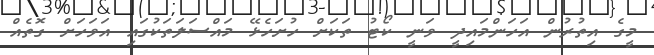
މީގެ އިތުރުން އަހަންމައިދީ ވަނީ ކޯޓު ތަކަށް ހުށަހެޅޭ މައްސަލަތަކުގައި އަވަހަށް ގޮތެއް